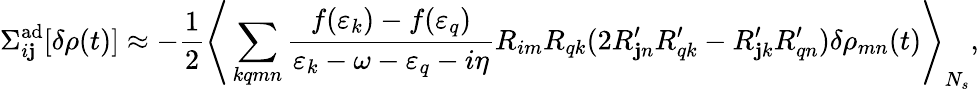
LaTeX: \Sigma_{i\mathbf{j}}^{\mathrm{{ad}}}[\delta\rho(t)]\approx-\frac{{1}}{{2}}\Bigg\langle\sum_{kqmn}\frac{{f(\varepsilon_{k})-f(\varepsilon_{q})}}{{\varepsilon_{k}-\omega-\varepsilon_{q}-i\eta}}R_{im}R_{qk}(2R_{\mathbf{j}n}^{\prime}R_{qk}^{\prime}-R_{\mathbf{j}k}^{\prime}R_{qn}^{\prime})\delta\rho_{mn}(t)\Bigg\rangle_{N_{s}},